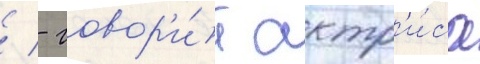
/ - говор'и́т актр'и́са